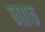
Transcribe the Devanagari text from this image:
नाफ